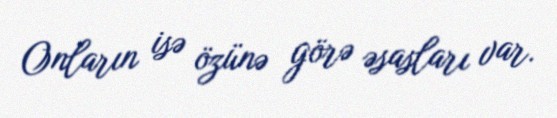
Onların isə özünə görə əsasları var.